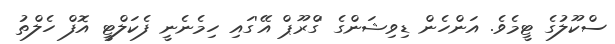
ސްކޫލުގެ ޓީމެވެ. އަންހެން ޑިވިޝަންގެ 'ގްރޫޕް އޭ'ގައި ހިމެނެނީ ފެކަލްޓީ އޮފް ހެލްތު